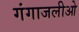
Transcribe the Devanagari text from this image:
गंगाजलीओ